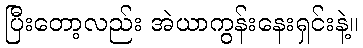
ပြီးတော့လည်း အဲယာကွန်းနေးရှင်းနဲ့။